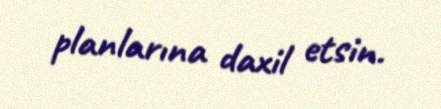
planlarına daxil etsin.